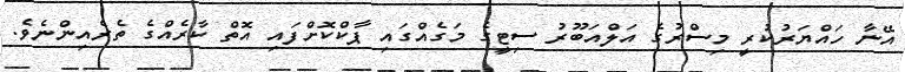
އޭނާ ހައްޔަރުކުރީ މިސްރުގެ އަލްއަބޫރު ސިޓީގެ މަގެއްގައި ޕާކްކޮށްފައި އޮތް ކާރެއްގެ ތެރެއިންނެވެ.